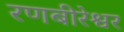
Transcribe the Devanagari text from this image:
रणबीरेश्वर